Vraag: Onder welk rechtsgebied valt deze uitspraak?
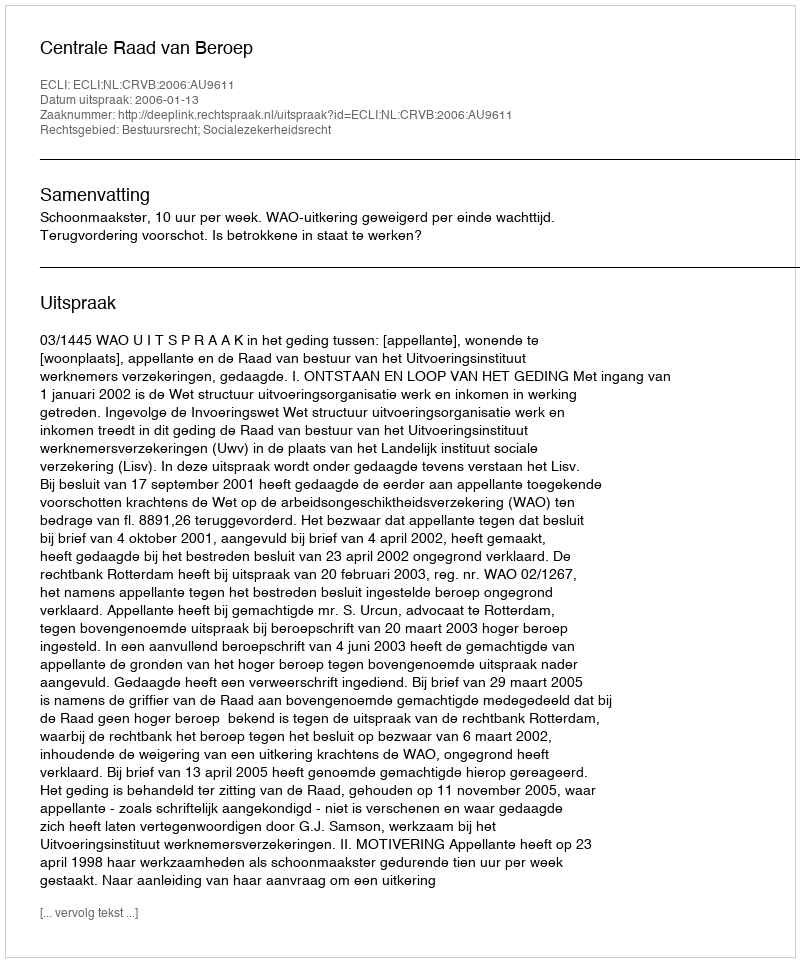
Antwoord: Bestuursrecht; Socialezekerheidsrecht